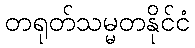
တရုတ်သမ္မတနိုင်ငံ